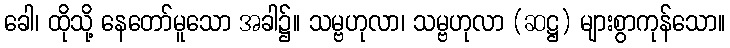
ခေါ၊ ထိုသို့ နေတော်မူသော အခါ၌။ သမ္ဗဟုလာ၊ သမ္ဗဟုလာ (ဆဋ္ဌ) များစွာကုန်သော။